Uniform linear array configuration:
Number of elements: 16
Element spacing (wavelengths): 1
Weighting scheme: cosine
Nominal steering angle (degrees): -15
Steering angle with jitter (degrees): -16.318
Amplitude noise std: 0.05
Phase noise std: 0.05

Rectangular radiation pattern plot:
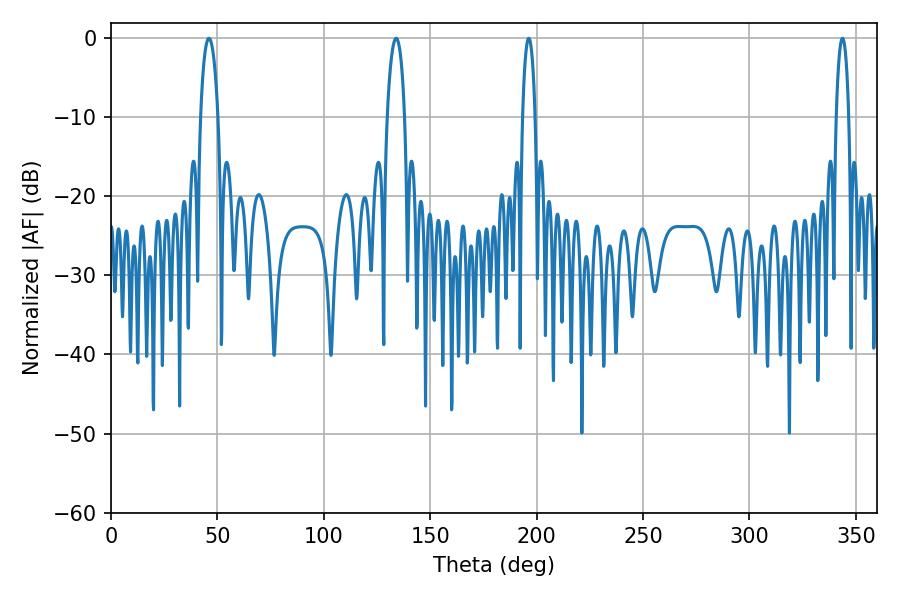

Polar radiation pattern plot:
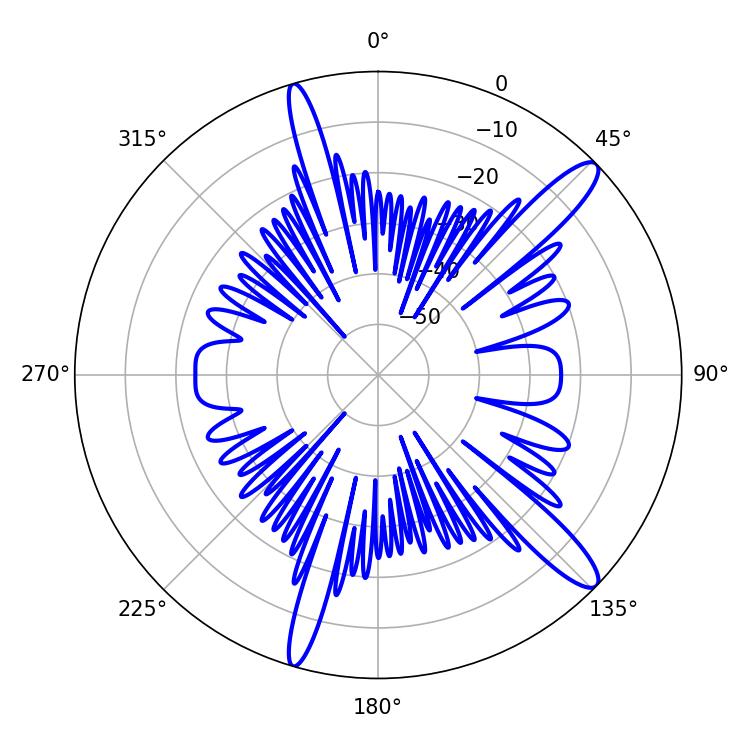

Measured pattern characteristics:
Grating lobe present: TRUE
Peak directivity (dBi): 13.326
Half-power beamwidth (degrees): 4.68
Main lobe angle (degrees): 133.92